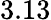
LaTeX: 3.13